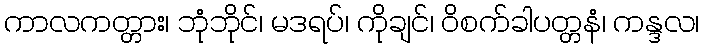
ကာလကတ္တား၊ ဘုံဘိုင်၊ မဒရပ်၊ ကိုချင်၊ ဝိစက်ခါပတ္တနံ၊ ကန္ဒလ၊